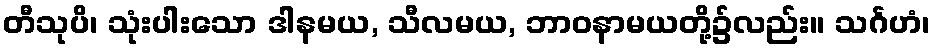
တီသုပိ၊ သုံးပါးသော ဒါနမယ, သီလမယ, ဘာဝနာမယတို့၌လည်း။ သင်္ဂဟံ၊